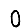
Digit: 0